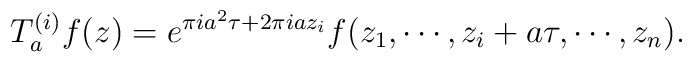
T^{(i)}_a f(z) = e^{\pi i a^2 \tau + 2 \pi i a z_i} f(z_1, \cdots, z_i +a \tau, \cdots, z_n).